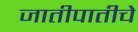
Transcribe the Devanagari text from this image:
जातीपातीचे